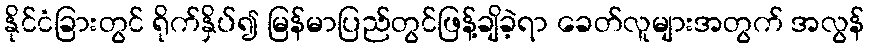
နိုင်ငံခြားတွင် ရိုက်နှိပ်၍ မြန်မာပြည်တွင်ဖြန့်ချိခဲ့ရာ ခေတ်လူများအတွက် အလွန်